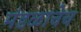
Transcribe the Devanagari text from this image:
मंडळाचेच